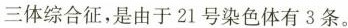
三体综合征，是由于21号染色体有3条。